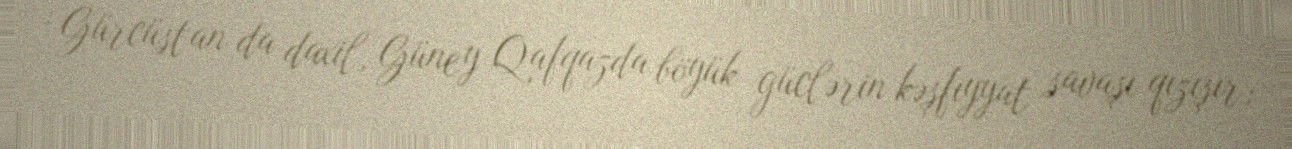
; Gürcüstan da daxil, Güney Qafqazda böyük güclərin kəşfiyyat savaşı qızışır;